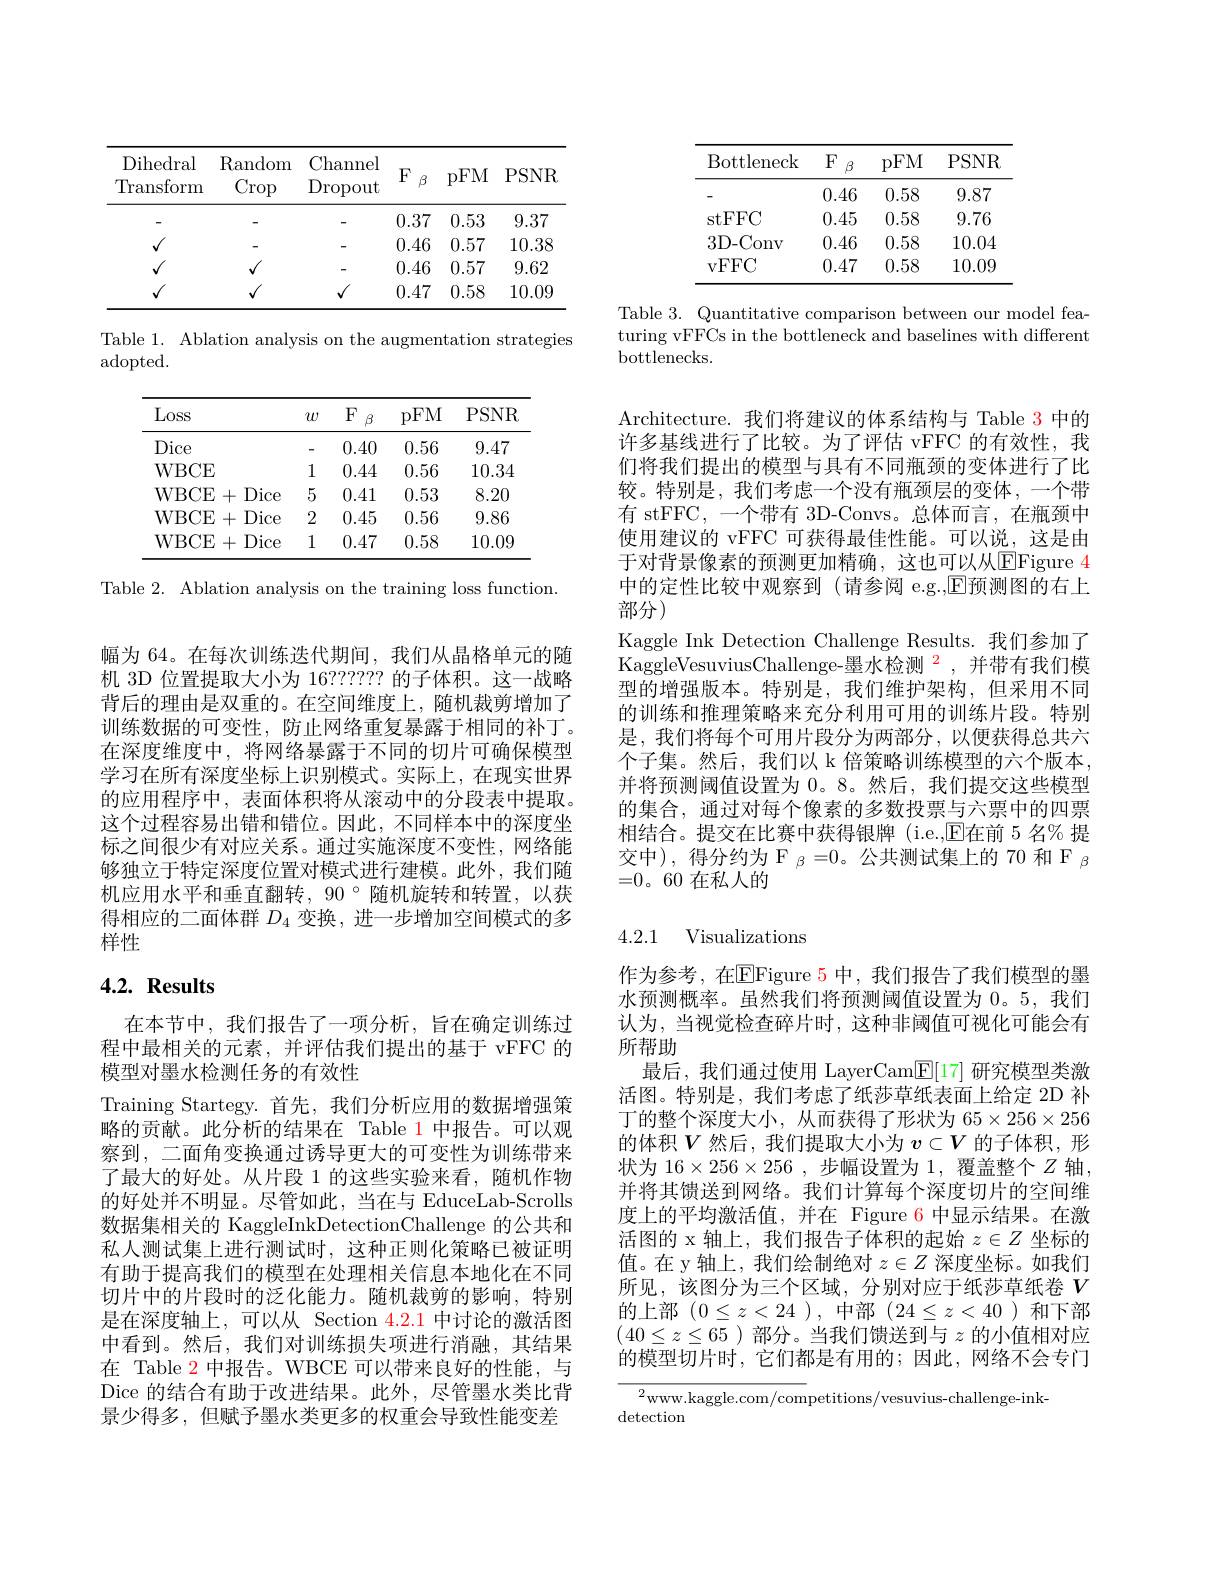
<table>
	<tbody>
		<tr>
			<th>Dihedral Transform</th>
			<th>$\operatorname{Random}$ $\operatorname{Crop}$</th>
			<th>Channel $\operatorname{Dropout}$</th>
			<th>$F$ $\beta$</th>
			<th>pFM</th>
			<th>PSNR</th>
		</tr>
		<tr>
			<td> </td>
			<td> </td>
			<td> </td>
			<td>0.37</td>
			<td>0.53</td>
			<td>9.37</td>
		</tr>
		<tr>
			<td>$√$</td>
			<td> </td>
			<td> </td>
			<td>0.46</td>
			<td>0.57</td>
			<td>10.38</td>
		</tr>
		<tr>
			<td>$√$</td>
			<td>$√$</td>
			<td>-</td>
			<td>0.46</td>
			<td>0.57</td>
			<td>9.62</td>
		</tr>
		<tr>
			<td>$√$</td>
			<td>$√$</td>
			<td>$√$</td>
			<td>0.47</td>
			<td>0.58</td>
			<td>10.09</td>
		</tr>
	</tbody>
</table>

Table 1. Ablation analysis on the augmentation strategies
adopted.

<table>
	<tbody>
		<tr>
			<th>Loss</th>
			<th>$w$</th>
			<th>$F$ $\beta$</th>
			<th>pFM</th>
			<th>PSNR</th>
		</tr>
		<tr>
			<td>Dice</td>
			<td>一</td>
			<td>0.40</td>
			<td>0.56</td>
			<td>9.47</td>
		</tr>
		<tr>
			<td>WBCE</td>
			<td>1</td>
			<td>0.44</td>
			<td>0.56</td>
			<td>10.34</td>
		</tr>
		<tr>
			<td>WBCE Dice + .</td>
			<td>5</td>
			<td>0.41</td>
			<td>0.53</td>
			<td>8.20</td>
		</tr>
		<tr>
			<td>WBCE + Dice .</td>
			<td>2</td>
			<td>0.45</td>
			<td>0.56</td>
			<td>9.86</td>
		</tr>
		<tr>
			<td>WBCE Dice $\therefore$ + $\therefore$</td>
			<td>1</td>
			<td>0.47</td>
			<td>0.58</td>
			<td>10.09</td>
		</tr>
	</tbody>
</table>

Table 2. Ablation analysis on the training loss function.

幅为 64。在每次训练迭代期间，我们从晶格单元的随机 3D 位置提取大小为 16?????? 的子体积。这一战略背后的理由是双重的。在空间维度上，随机裁剪增加了训练数据的可变性，防止网络重复暴露于相同的补丁。在深度维度中，将网络暴露于不同的切片可确保模型学习在所有深度坐标上识别模式。实际上，在现实世界的应用程序中，表面体积将从滚动中的分段表中提取。这个过程容易出错和错位。因此，不同样本中的深度坐标之间很少有对应关系。通过实施深度不变性，网络能够独立于特定深度位置对模式进行建模。此外，我们随机应用水平和垂直翻转，90°随机旋转和转置，以获得相应的二面体群$D_{4}$变换，进一步增加空间模式的多样性

# $4. 2. \textbf{ Results}$

在本节中，我们报告了一项分析，旨在确定训练过程中最相关的元素，并评估我们提出的基于 vFFC 的模型对墨水检测任务的有效性
Training Startegy. 首先，我们分析应用的数据增强策略的贡献。此分析的结果在 Table 1 中报告。可以观察到，二面角变换通过诱导更大的可变性为训练带来了最大的好处。从片段 1 的这些实验来看，随机作物的好处并不明显。尽管如此，当在与 EduceLab-Scrolls 数据集相关的 KaggleInkDetectionChallenge 的公共和私人测试集上进行测试时，这种正则化策略已被证明有助于提高我们的模型在处理相关信息本地化在不同切片中的片段时的泛化能力。随机裁剪的影响，特别是在深度轴上，可以从 Section $\color{red}{4.2.1}$中讨论的激活图中看到。然后，我们对训练损失项进行消融，其结果在 Table 2 中报告。WBCE 可以带来良好的性能，与Dice 的结合有助于改进结果。此外，尽管墨水类比背景少得多，但赋予墨水类更多的权重会导致性能变差

<table>
	<tbody>
		<tr>
			<th>Bottleneck</th>
			<th>$F$ $\beta$</th>
			<th>pFM</th>
			<th>$PSNR$</th>
		</tr>
		<tr>
			<td> </td>
			<td>0.46</td>
			<td>0.58</td>
			<td>9.87</td>
		</tr>
		<tr>
			<td>$\operatorname{stFFC}$</td>
			<td>0.45</td>
			<td>0.58</td>
			<td>9.76</td>
		</tr>
		<tr>
			<td>3D-Conv</td>
			<td>0.46</td>
			<td>0.58</td>
			<td>10.04</td>
		</tr>
		<tr>
			<td>vFFC</td>
			<td>0.47</td>
			<td>0.58</td>
			<td>10.09</td>
		</tr>
	</tbody>
</table>

Table 3. Quantitative comparison between our model featuring vFFCs in the bottleneck and baselines with different bottlenecks.

Architecture. 我们将建议的体系结构与 Table 3 中的许多基线进行了比较。为了评估 vFFC 的有效性，我们将我们提出的模型与具有不同瓶颈的变体进行了比较。特别是，我们考虑一个没有瓶颈层的变体，一个带有 stFFC,一个带有 3D-Convs。总体而言，在瓶颈中使用建议的 vFFC 可获得最佳性能。可以说，这是由于对背景像素的预测更加精确，这也可以从$\boxed{\mathrm{E}}$Figure 4中的定性比较中观察到 (请参阅 e.g.,$\mathbb{E}$预测图的右上部分)
Kaggle Ink Detection Challenge Results.我们参加了KaggleVesuviusChallenge-墨水检测$^2$,并带有我们模型的增强版本。特别是，我们维护架构，但采用不同的训练和推理策略来充分利用可用的训练片段。特别是，我们将每个可用片段分为两部分，以便获得总共六个子集。然后，我们以 k 倍策略训练模型的六个版本并将预测阈值设置为0。8。然后，我们提交这些模型的集合，通过对每个像素的多数投票与六票中的四票相结合。提交在比赛中获得银牌 (i.e.,$\overline{\mathrm{E}}$在前 5 名% 提交中),得分约为$\mathcal{F}_\beta=0$。公共测试集上的 70 和$\mathcal{F}_\beta$ =0。60在私人的

## 4.2.1 Visualizations

作为参考，在$\overline\text{EFigure 5中，我们报告了我们模型的墨}$ 水预测概率。虽然我们将预测阈值设置为 0。5, 我们认为，当视觉检查碎片时，这种非阈值可视化可能会有所帮助
最后，我们通过使用 LayerCam$\boxed{\mathrm{F}}[17]$研究模型类激活图。特别是，我们考虑了纸莎草纸表面上给定 2D 补丁的整个深度大小，从而获得了形状为 6$5\times256\times256$ 的体积$V$然后，我们提取大小为$v\subset V$的子体积，形状为$16\times256\times256$ ,步幅设置为1，覆盖整个$Z$轴并将其馈送到网络。我们计算每个深度切片的空间维度上的平均激活值，并在 Figure 6 中显示结果。在激活图的 x 轴上，我们报告子体积的起始$z\in Z$坐标的值。在 y 轴上，我们绘制绝对$z\in Z$深度坐标。如我们所见，该图分为三个区域，分别对应于纸莎草纸卷$V$ 的上部$(0\leq z<24$ ),中部$(24\leq z<40$ )和下部$(40\leq z\leq65$ )部分。当我们馈送到与$z$的小值相对应的模型切片时，它们都是有用的；因此，网络不会专门

${{^{2}\mathrm{www.kaggle.com/com}}}$petitions/vesuvius-challenge-ink-
detection